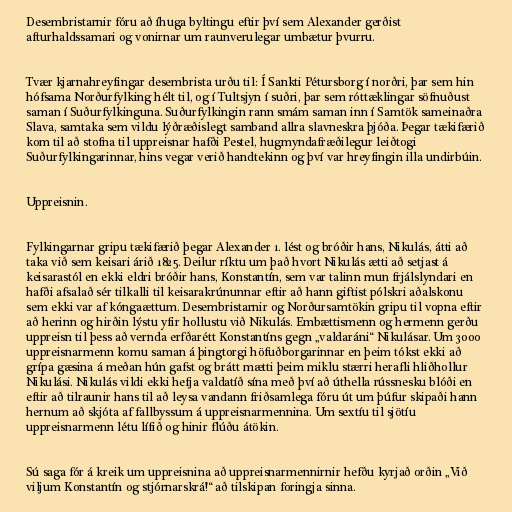
Desembristarnir fóru að íhuga byltingu eftir því sem Alexander gerðist
afturhaldssamari og vonirnar um raunverulegar umbætur þvurru.

Tvær kjarnahreyfingar desembrista urðu til: Í Sankti Pétursborg í norðri, þar sem hin
hófsama Norðurfylking hélt til, og í Tultsjyn í suðri, þar sem róttæklingar söfnuðust
saman í Suðurfylkinguna. Suðurfylkingin rann smám saman inn í Samtök sameinaðra
Slava, samtaka sem vildu lýðræðislegt samband allra slavneskra þjóða. Þegar tækifærið
kom til að stofna til uppreisnar hafði Pestel, hugmyndafræðilegur leiðtogi
Suðurfylkingarinnar, hins vegar verið handtekinn og því var hreyfingin illa undirbúin.

Uppreisnin.

Fylkingarnar gripu tækifærið þegar Alexander 1. lést og bróðir hans, Nikulás, átti að
taka við sem keisari árið 1825. Deilur ríktu um það hvort Nikulás ætti að setjast á
keisarastól en ekki eldri bróðir hans, Konstantín, sem var talinn mun frjálslyndari en
hafði afsalað sér tilkalli til keisarakrúnunnar eftir að hann giftist pólskri aðalskonu
sem ekki var af kóngaættum. Desembristarnir og Norðursamtökin gripu til vopna eftir
að herinn og hirðin lýstu yfir hollustu við Nikulás. Embættismenn og hermenn gerðu
uppreisn til þess að vernda erfðarétt Konstantíns gegn „valdaráni“ Nikulásar. Um 3000
uppreisnarmenn komu saman á þingtorgi höfuðborgarinnar en þeim tókst ekki að
grípa gæsina á meðan hún gafst og brátt mætti þeim miklu stærri herafli hliðhollur
Nikulási. Nikulás vildi ekki hefja valdatíð sína með því að úthella rússnesku blóði en
eftir að tilraunir hans til að leysa vandann friðsamlega fóru út um þúfur skipaði hann
hernum að skjóta af fallbyssum á uppreisnarmennina. Um sextíu til sjötíu
uppreisnarmenn létu lífið og hinir flúðu átökin.

Sú saga fór á kreik um uppreisnina að uppreisnarmennirnir hefðu kyrjað orðin „Við
viljum Konstantín og stjórnarskrá!“ að tilskipan foringja sinna.